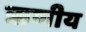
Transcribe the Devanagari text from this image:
ऋणीय